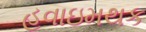
હવાઇમથક